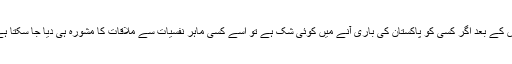
اس کے بعد اگر کسی کو پاکستان کی باری آنے میں کوئی شک ہے تو اسے کسی ماہر نفسیات سے ملاقات کا مشورہ ہی دیا جا سکتا ہے۔